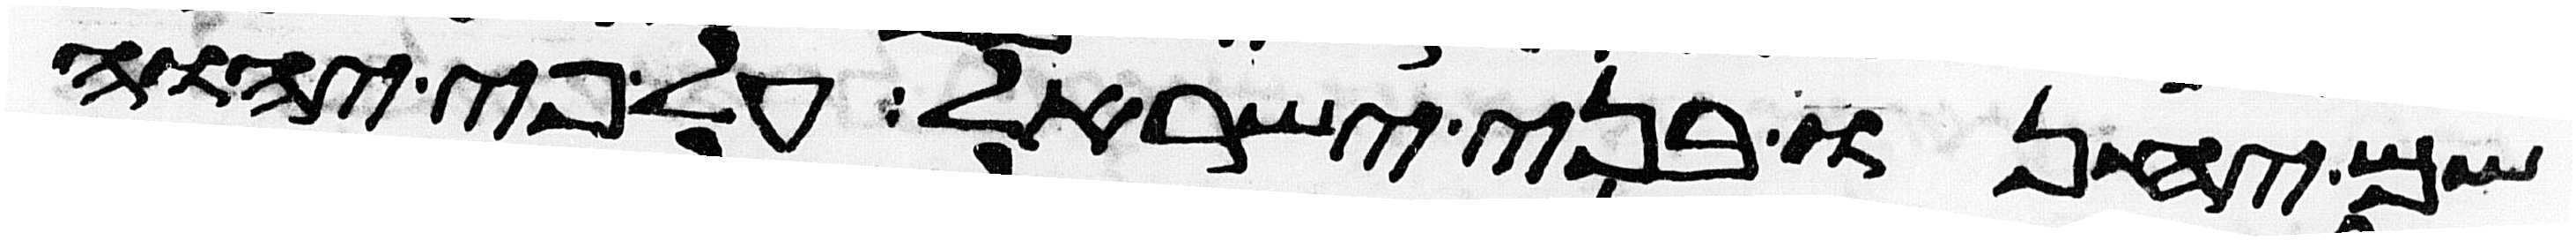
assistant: שם יחנו בני ישראל על פי יהוה